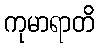
ကုမာရာတိ